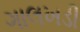
ગાલખડી